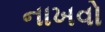
નાખવો